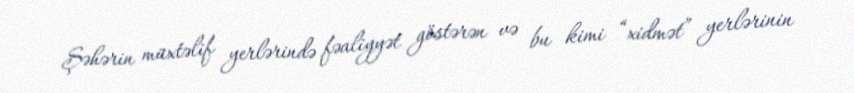
Şəhərin müxtəlif yerlərində fəaliyyət göstərən və bu kimi “xidmət” yerlərinin